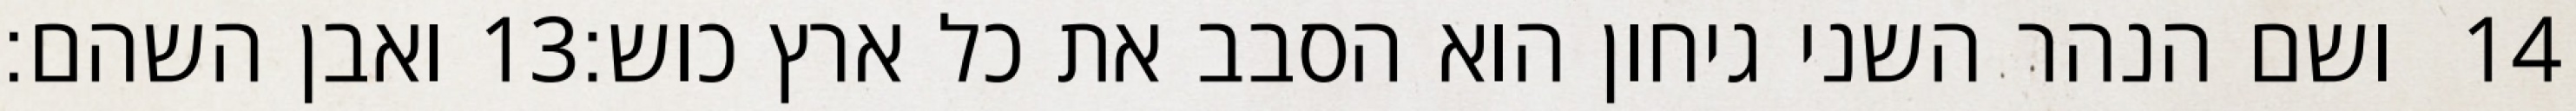
ואבן השהם׃ ‎13‏ ושם הנהר השני גיחון הוא הסבב את כל ארץ כוש׃ ‎14‏